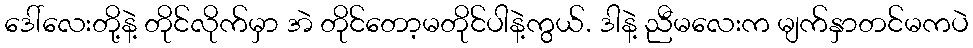
ဒေါ်လေးတို့နဲ့ တိုင်လိုက်မှာ အဲ တိုင်တော့မတိုင်ပါနဲ့ကွယ်. ဒါနဲ့ ညီမလေးက မျက်နှာတင်မကပဲ